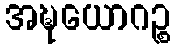
အဍ္ဎယောဂဉ္စ